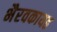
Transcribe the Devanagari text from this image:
भैरवकायह